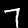
Digit: 7